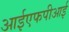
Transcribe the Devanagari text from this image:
आईएफपीआई